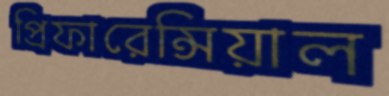
প্রিফারেন্সিয়াল